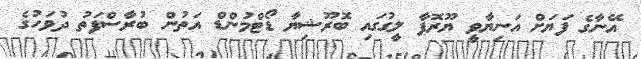
އޭނާގެ ފަޔަށް އަނިޔާވީ ޔޫރޮޕާ ލީގުގައި ބޮރޫޝިޔާ ޑޯޓްމުންޑް އަތުން ބުރާސްފަތު ދުވަހުގެ